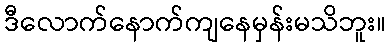
ဒီလောက်နောက်ကျနေမှန်းမသိဘူး။